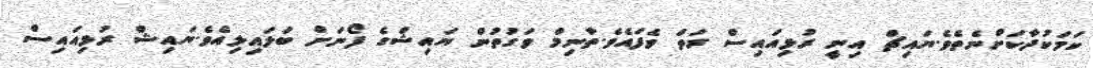
ކަމަކުދާކަށްނެތެވެ.ޔައިޗް އިނީ ރުޅިއައިސް ރަތް ވެފައެވެ.ތާނިމް ވަގުތުން ޔައިޝްގެ ފޯނަށް ބަލައިލިއެވެ.ޔައިޝް ރުޅިއައިސް